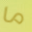
ما